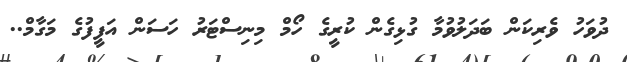
ދުވަހު ވެރިކަން ބަދަލުވުމާ ގުޅިގެން ކުރީގެ ހޯމް މިނިސްޓަރު ހަސަން އަފީފުގެ މަގާމް..